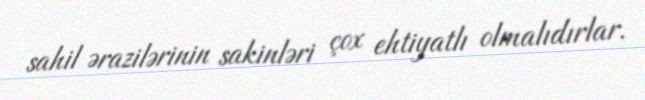
sahil ərazilərinin sakinləri çox ehtiyatlı olmalıdırlar.